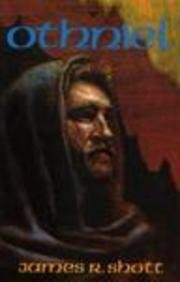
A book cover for Othniel (People of the Promise); James R. Shott; Christian Books & Bibles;